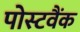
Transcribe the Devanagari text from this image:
पोस्टवैंक